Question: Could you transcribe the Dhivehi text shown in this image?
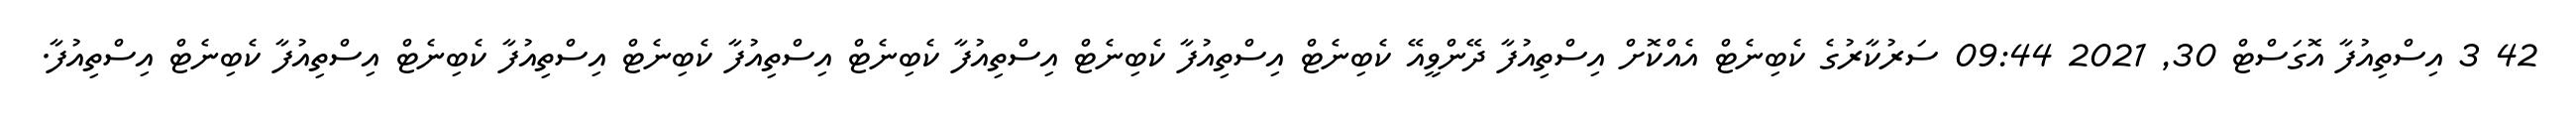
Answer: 42 3 އިސްތިއުފާ އޮގަސްޓް 30, 2021 09:44 ސަރުކާރުގެ ކެބިނެޓް އެއްކޮށް އިސްތިއުފާ ދޭންވީއޭ ކެބިނެޓް އިސްތިއުފާ ކެބިނެޓް އިސްތިއުފާ ކެބިނެޓް އިސްތިއުފާ ކެބިނެޓް އިސްތިއުފާ ކެބިނެޓް އިސްތިއުފާ ކެބިނެޓް އިސްތިއުފާ.